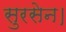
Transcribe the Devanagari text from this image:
सुरसेन।